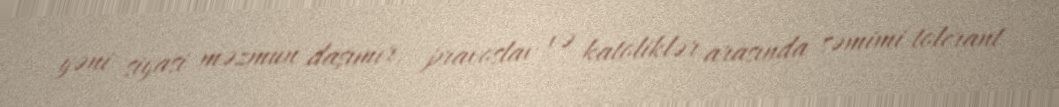
yəni siyasi məzmun daşımır, pravoslav və katoliklər arasında səmimi tolerant